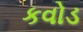
કવોડ